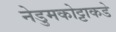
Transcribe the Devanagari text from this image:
नेडुमकोट्टाकडे